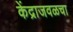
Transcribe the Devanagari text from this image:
केंद्राजवळचा